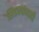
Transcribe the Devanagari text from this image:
खिडक्यांनाही